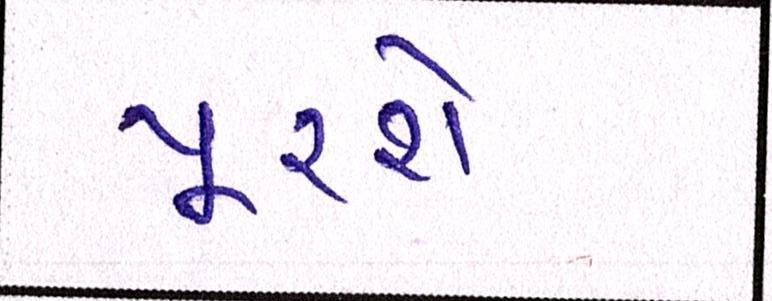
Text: પૂરશે